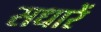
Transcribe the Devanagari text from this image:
सधारें